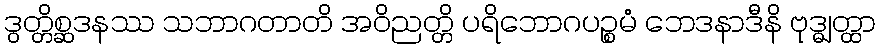
ဒွတ္တိစ္ဆဒနဿ သဘာဂတာတိ အဝိညတ္တိ ပရိဘောဂပဉ္စမံ ဘေဒနာဒီနိ ဗုဒ္ဓျတ္ထာ